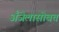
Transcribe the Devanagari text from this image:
अँजेलासोबत